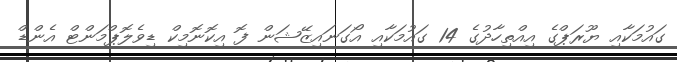
ގައުމަކާއި ޔޫރަޕްގެ އިއްތިހާދުގެ 14 ގައުމަކާއި އޯގަނައިޒޭޝަން ފޮ އިކޮނޮމިކް ޑިވެލޮޕްމަންޓް އެންޑް